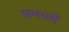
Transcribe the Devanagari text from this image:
समयमें